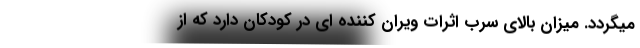
میگردد. میزان بالای سرب اثرات ویران کننده ای در کودکان دارد که از